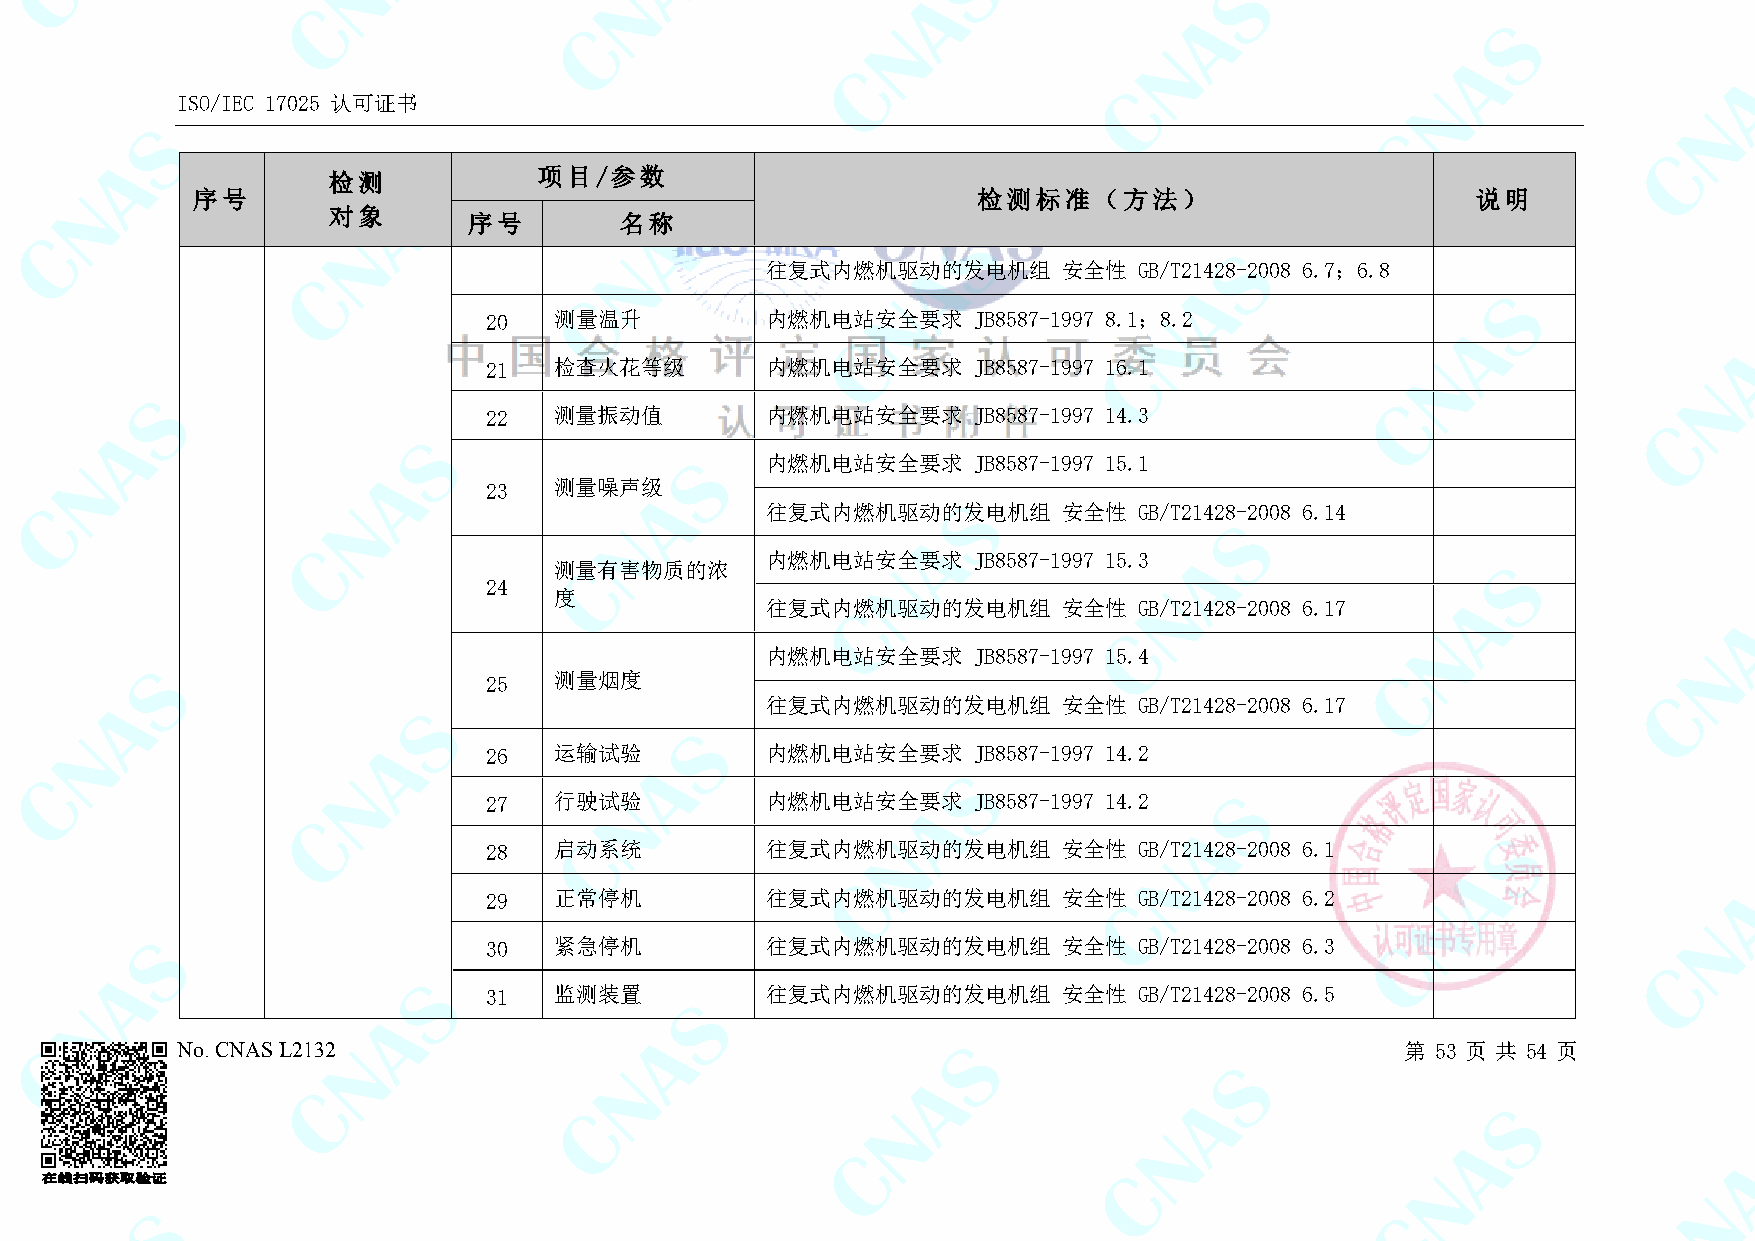
ISO/IEC 17025 认可证书
 检测            项目/参数
 序号                                                  检测标准（方法）                         说明
 对象
 序号        名称
 往复式内燃机驱动的发电机组      安全性  GB/T21428-2008 6.7；6.8
 20   测量温升          内燃机电站安全要求    JB8587-1997 8.1；8.2
 21   检查火花等级        内燃机电站安全要求    JB8587-1997 16.1
 22   测量振动值         内燃机电站安全要求    JB8587-1997 14.3
 内燃机电站安全要求    JB8587-1997 15.1
 23   测量噪声级
 往复式内燃机驱动的发电机组      安全性  GB/T21428-2008 6.14
 内燃机电站安全要求    JB8587-1997 15.3
 测量有害物质的浓
 24
 度
 往复式内燃机驱动的发电机组      安全性  GB/T21428-2008 6.17
 内燃机电站安全要求    JB8587-1997 15.4
 25   测量烟度
 往复式内燃机驱动的发电机组      安全性  GB/T21428-2008 6.17
 26   运输试验          内燃机电站安全要求    JB8587-1997 14.2
 27   行驶试验          内燃机电站安全要求    JB8587-1997 14.2
 28   启动系统          往复式内燃机驱动的发电机组      安全性  GB/T21428-2008 6.1
 29   正常停机          往复式内燃机驱动的发电机组      安全性  GB/T21428-2008 6.2
 30   紧急停机          往复式内燃机驱动的发电机组      安全性  GB/T21428-2008 6.3
 31   监测装置          往复式内燃机驱动的发电机组      安全性  GB/T21428-2008 6.5
 No. CNAS L2132                                                                   第 53 页 共 54 页